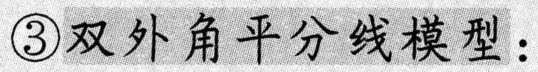
\textcircled{3}双外角平分线模型：